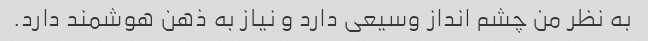
به نظر من چشم انداز وسیعی دارد و نیاز به ذهن هوشمند دارد.